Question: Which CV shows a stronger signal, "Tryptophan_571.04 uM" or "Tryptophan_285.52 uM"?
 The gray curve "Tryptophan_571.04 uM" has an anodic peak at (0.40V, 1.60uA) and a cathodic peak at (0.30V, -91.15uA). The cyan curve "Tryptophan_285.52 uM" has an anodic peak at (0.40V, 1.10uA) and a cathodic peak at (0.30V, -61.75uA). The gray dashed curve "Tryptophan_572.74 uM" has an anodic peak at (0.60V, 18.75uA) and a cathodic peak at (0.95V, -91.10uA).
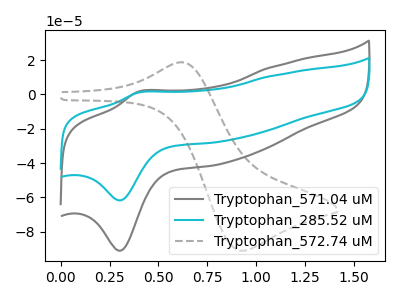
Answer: <think>All the peaks in "Tryptophan_571.04 uM" have a peak in "Tryptophan_285.52 uM" at the same potential. Every peak in "Tryptophan_571.04 uM" is higher than every peak in "Tryptophan_285.52 uM".
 </think>
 <answer>"Tryptophan_571.04 uM" has more signal than "Tryptophan_285.52 uM".</answer>
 <eval>more_signal</eval>